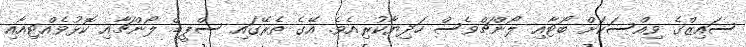
ސައިޒްގެ ވިއްސަކަށް ބޯޓާއި ލޯންޗްވެސް ހަދިޔާކުރިއެވެ. އޭގެ ތެރޭގައި ސްޕީޑް ލޯންޗާއި ކޮޅުވެއްޓިއާއި